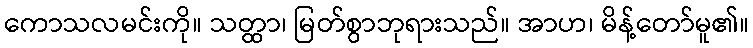
ကောသလမင်းကို။ သတ္ထာ၊ မြတ်စွာဘုရားသည်။ အာဟ၊ မိန့်တော်မူ၏။